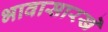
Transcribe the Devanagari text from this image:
भावासारखे